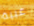
غبية